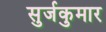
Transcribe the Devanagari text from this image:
सुर्जकुमार